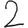
Digit: 2